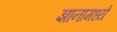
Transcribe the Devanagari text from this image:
ज्ञानामध्ये